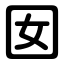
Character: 囡